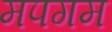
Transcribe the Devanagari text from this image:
मपगम